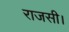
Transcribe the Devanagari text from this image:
राजसी।